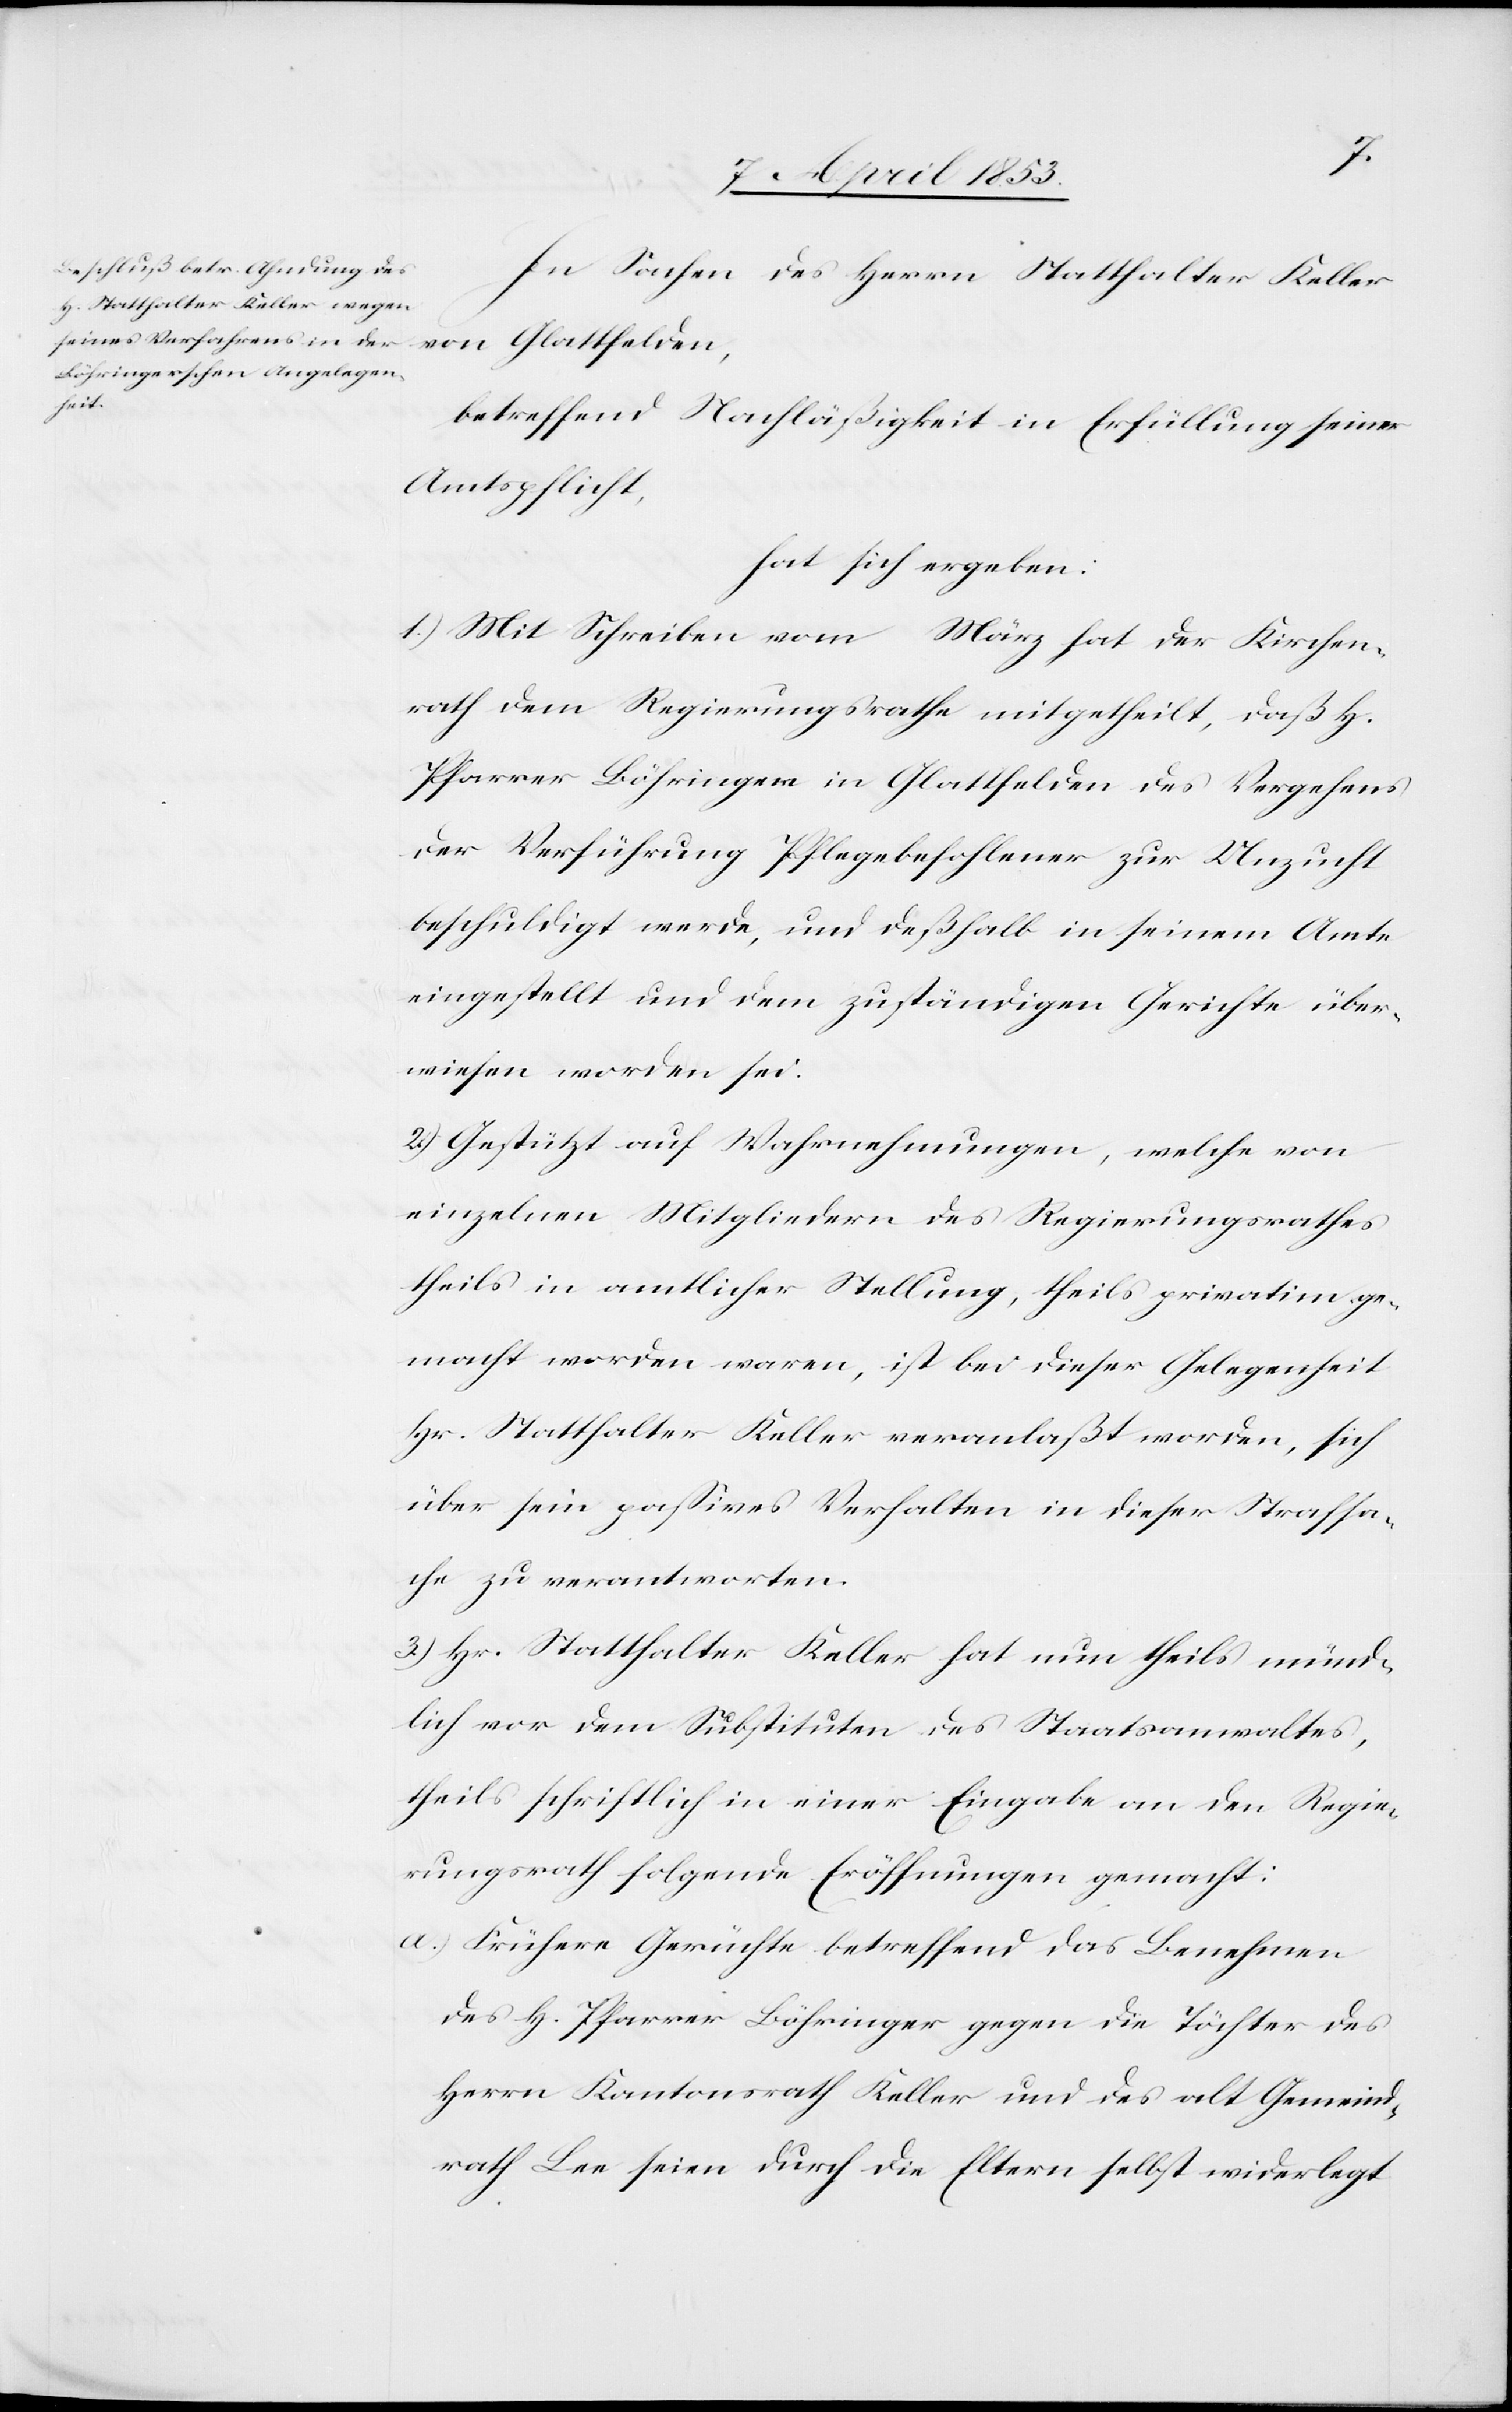
In Sachen des Herrn Statthalter Keller
betreffend Nachläßigkeit in Erfüllung seiner
Amtspflicht,
hat sich ergeben:
1.) Mit Schreiben vom März hat der Kirchen¬
rath dem Regierungsrathe mitgetheilt, daß
Pfarrer Löhringer in Glattfelden des Vergehens
der Verführung Pflegebefohlener zur Unzucht
beschuldigt werde, und deßhalb in seinem Amte
eingestellt und dem zuständigen Gerichte über¬
wiesen worden sei.
2.) Gestützt auf Wahrnehmungen, welche von
einzelnen Mitgliedern des Regierungsrathes
theils in amtlicher Stellung, theils privatim ge¬
macht worden waren, ist bei der Gelegenheit
Hr. Statthalter Keller veranlaßt worden, sich
über sein paßives Verhalten in dieser Strafsa¬
che zu verantworten.
3.) Hr. Statthalter Keller hat nun theils münd¬
lich vor dem Substituten des Staatsanwaltes,
theils schriftlich in einer Eingabe an den Regie¬
rungsrath folgende Eröffnungen gemacht:
a) Frühere Gerüchte betreffend das Benehmen
des H[errn] Pfarrer Löhringer gegen die Töchter des
Herrn Kantonsrath Keller und des alt Gemeind¬
rath Lee seien durch die Eltern selbst widerlegt